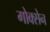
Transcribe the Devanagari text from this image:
गोक्सेन